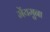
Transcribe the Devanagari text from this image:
मेंयमुना